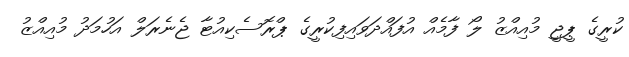
ކުރީގެ ޕީޖީ މުއިއްޒު ލޯ ފާމެއް އުފައްދަވައިފިކުރީގެ ޕްރޮސެކިއުޓާ ޖެނެރަލް އަހުމަދު މުއިއްޒު